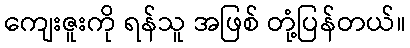
ကျေးဇူးကို ရန်သူ အဖြစ် တုံ့ပြန်တယ်။